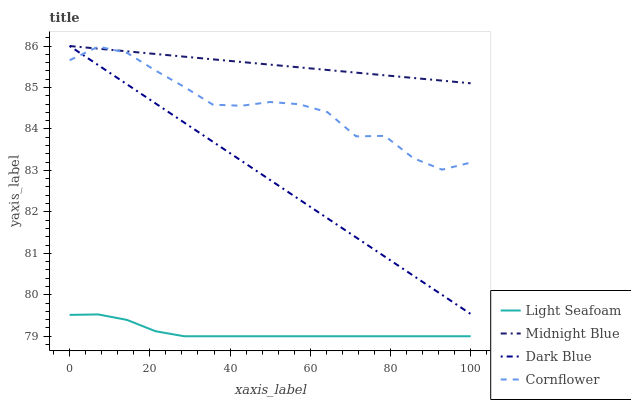
| xaxis_label | Light Seafoam | Midnight Blue | Dark Blue | Cornflower |
 | --- | --- | --- | --- | --- |
 | 0 | 79.5 | 86 | 86 | 85.7 |
 | 7.14 | 79.5 | 85.9 | 85.5 | 86 |
 | 14.3 | 79.4 | 85.9 | 85.1 | 85.8 |
 | 21.4 | 79.1 | 85.8 | 84.6 | 85.4 |
 | 28.6 | 79 | 85.7 | 84.2 | 85 |
 | 35.7 | 79 | 85.7 | 83.7 | 84.6 |
 | 42.9 | 79 | 85.6 | 83.2 | 84.6 |
 | 50 | 79 | 85.6 | 82.8 | 84.6 |
 | 57.1 | 79 | 85.5 | 82.3 | 84.6 |
 | 64.3 | 79 | 85.4 | 81.8 | 84.4 |
 | 71.4 | 79 | 85.4 | 81.4 | 83.8 |
 | 78.6 | 79 | 85.3 | 80.9 | 83.8 |
 | 85.7 | 79 | 85.2 | 80.5 | 83.3 |
 | 92.9 | 79 | 85.2 | 80 | 83 |
 | 100 | 79 | 85.1 | 79.5 | 83.2 |